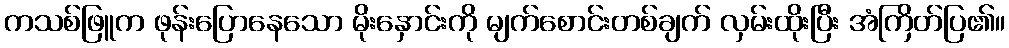
ကသစ်ဖြူက ဖုန်းပြောနေသော မိုးနှောင်းကို မျက်စောင်းတစ်ချက် လှမ်းထိုးပြီး အံကြိတ်ပြ၏။